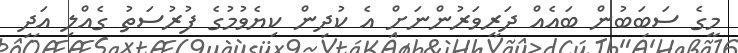
މީގެ ސަބަބުން ބައެއް ދަރިވަރުންނަށް އެ ކުދިން ކިޔެވުމުގެ ފުރުސަތު ގެއްލި އަދި